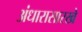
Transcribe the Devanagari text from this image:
अंधारासारखे